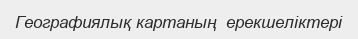
Географиялық картаның  ерекшеліктері